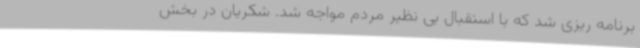
برنامه ریزی شد که با استقبال بی نظیر مردم مواجه شد. شکریان در بخش